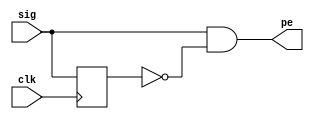
`default_nettype none
`timescale 1ns/1ps

module pos_edge_det ( input sig,            // Input signal for which positive edge has to be detected
                      input clk,            // Input signal for clock
                      output pe);           // Output signal that gives a pulse when a positive edge occurs
 
    reg   sig_dly;                          // Internal signal to store the delayed version of signal
 
    // This always block ensures that sig_dly is exactly 1 clock behind sig
  always @ (posedge clk) begin
    sig_dly <= sig;
  end
 
    // Combinational logic where sig is AND with delayed, inverted version of sig
    // Assign statement assigns the evaluated expression in the RHS to the internal net pe
  assign pe = sig & ~sig_dly;            
endmodule